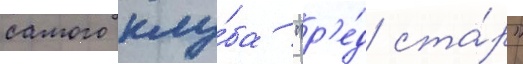
самого клу́ба "р'е́д ста́р"